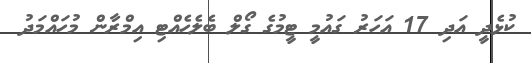
ކުޅެދީ އަދި 17 އަހަރު ގައުމީ ޓީމުގެ ގޯލް ބެލެހެއްޓި އިމްރާން މުހައްމަދު